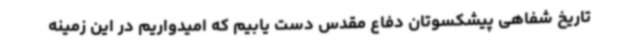
تاریخ شفاهی پیشکسوتان دفاع مقدس دست یابیم که امیدواریم در این زمینه